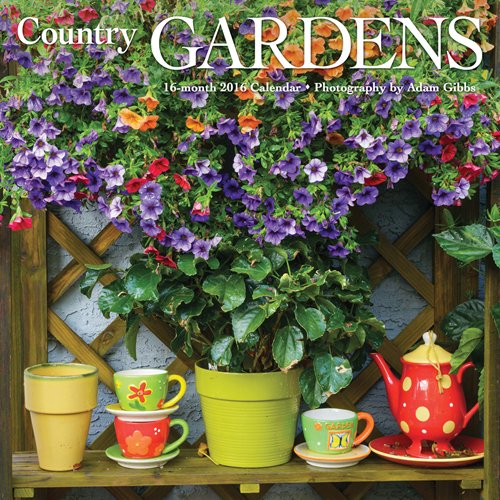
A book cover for Country Gardens 2016 Mini 7x7 Wyman; Browntrout Publishers; Calendars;